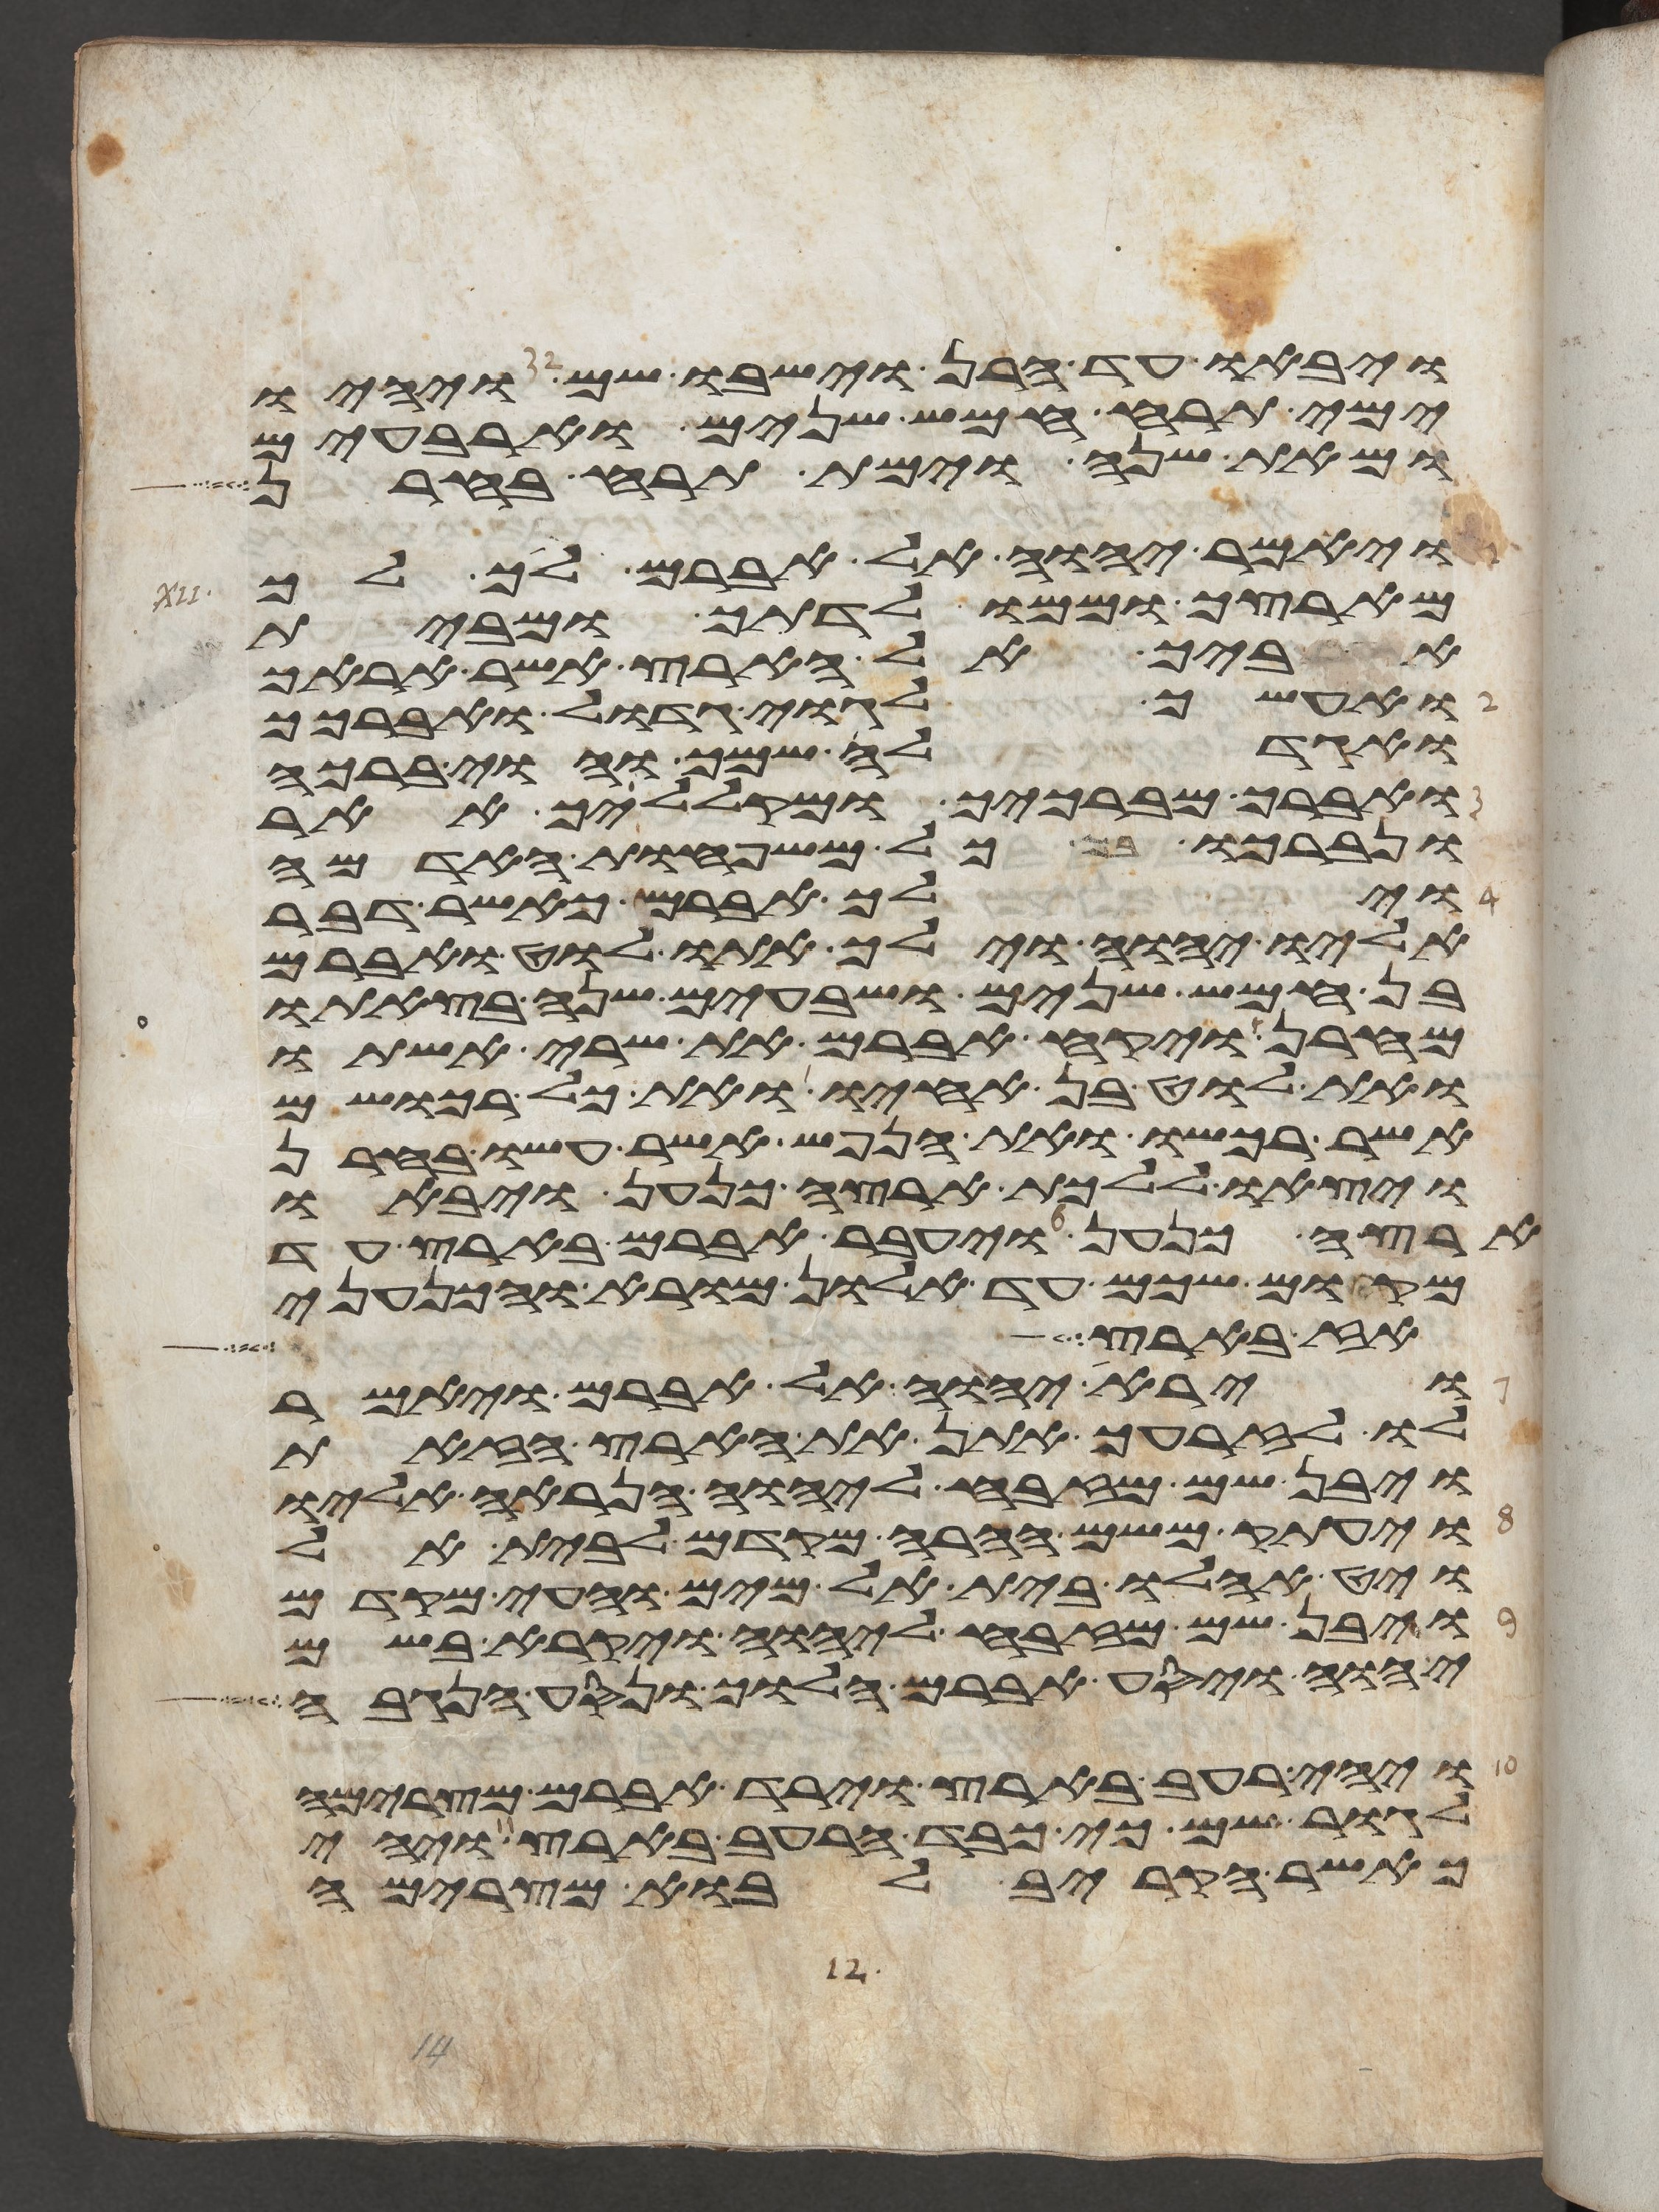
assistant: ויבאו עד חרן וישבו שם ויהיו
ימי תרח חמש שנים וארבעים
ומאת שנה וימת תרח בחרן
ויאמר יהוה אל אברם לך לך
מארצך וממולדתך ומבית
אביך אל הארץ אשר אראך
ואעשך לגוי גדול ואברכך
ואגדלה שמך והוי ברכה
ואברך מברכיך ומקלליך אאר
ונברכו בך כל משפחות האדמה
וילך אברם כאשר דבר
אליו יהוה וילך אתו לוט ואברם
בן חמש שנים ושבעים שנה בצאתו
מחרן ויקח אברם את שרי אשתו
ואת לוט בן אחיו ואת כל רכושם
אשר רכשו ואת הנפש אשר עשו בחרן
ויצאו ללכת ארצה כנען ויבאו
ארצה כנען ויעבר אברם בארץ עד
מקום שכם עד אלון מורא והכנעני
אז בארץ
וירא יהוה אל אברם ויאמר
לו לזרעך אתן את הארץ הזאת
ויבן שם מזבח ליהוה הנראה אליו
ויעתק משם ההרה מקדם לבית אל
ויט אהלו בית אל מים והעי מקדם
ויבן שם מזבח ליהוה ויקרא בשם
יהוה ויסע אברם הלוך ונסע הנגבה
ויהי רעב בארץ וירד אברם מצרימה
לגור שם כי כבד הרעב בארץ ויהי
כאשר הקריב לבוא מצרימה